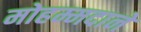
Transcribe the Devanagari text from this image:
मोहम्मदाने